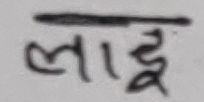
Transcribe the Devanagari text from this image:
लाडू